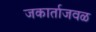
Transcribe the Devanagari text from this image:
जकार्ताजवळ